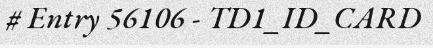
# Entry 56106 - TD1_ID_CARD